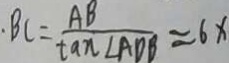
B C = \frac { A B } { \tan \angle A D B } = 6 x